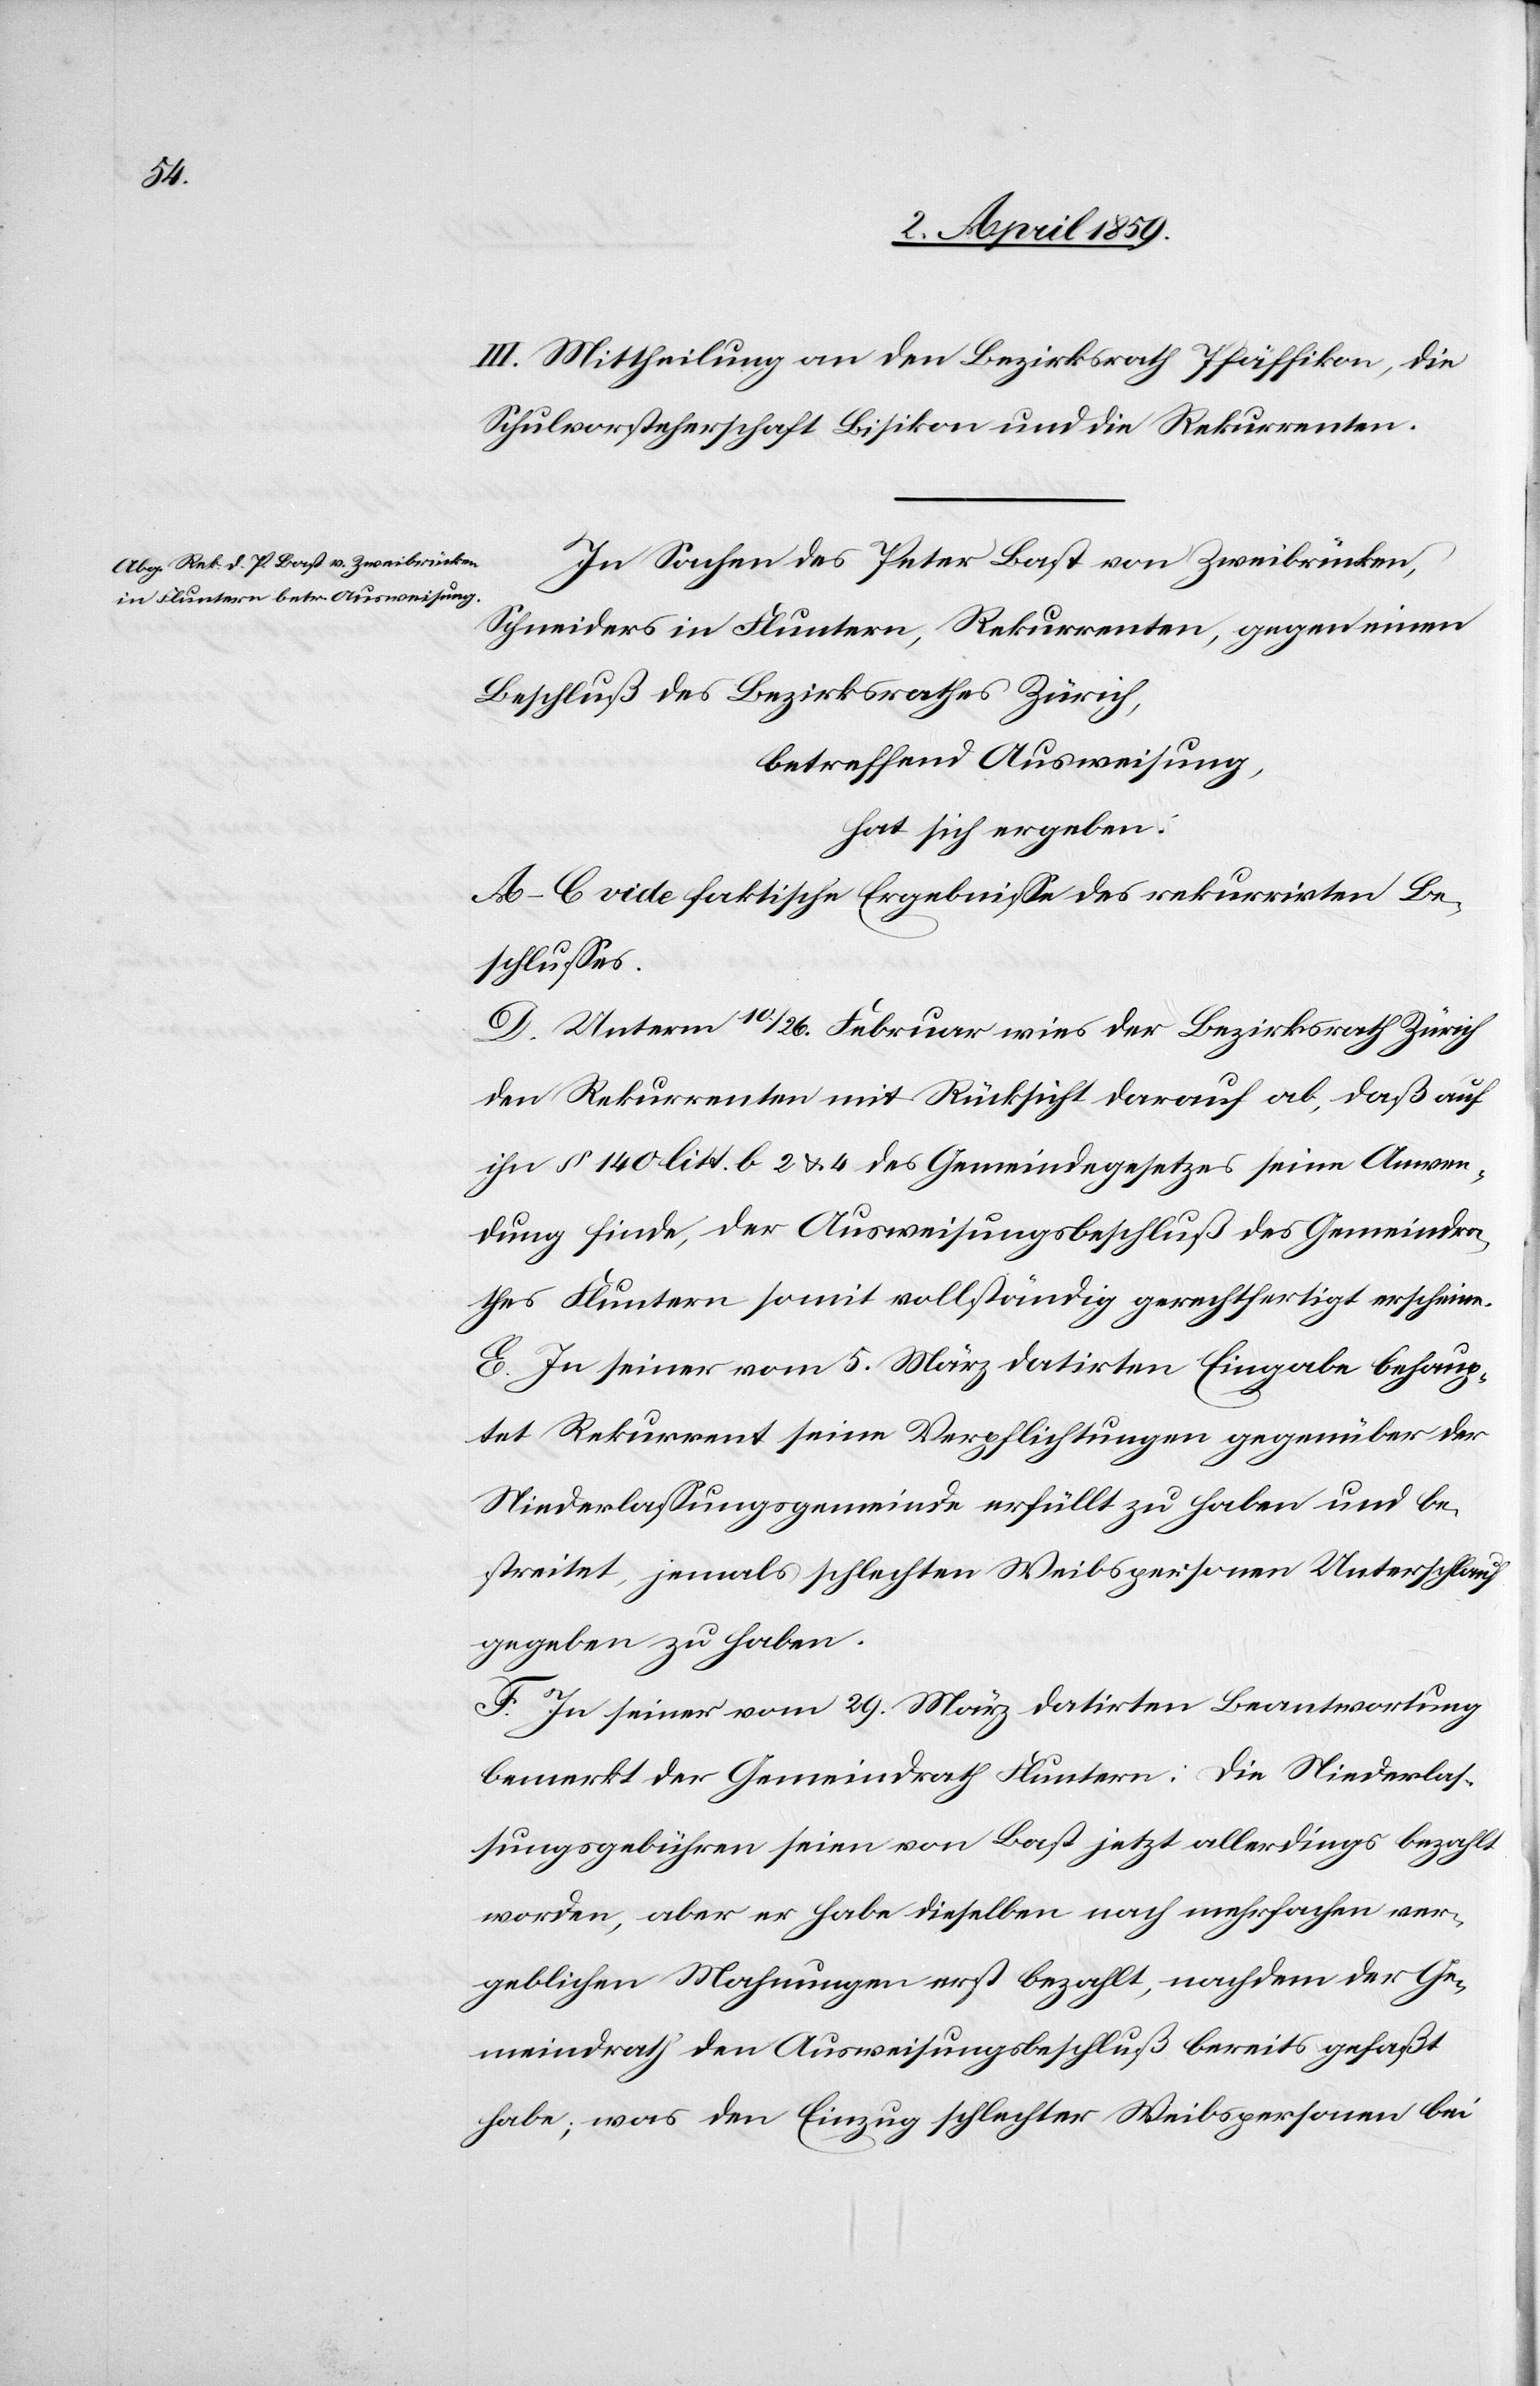
III. Mittheilung an den Bezirksrath Pfäffikon, die
Schulvorsteherschaft Bisikon und die Rekurrenten.
In Sachen des Peter Bast von Zweibrücken,
Schneiders in Fluntern, Rekurrenten, gegen einen
Beschluß des Bezirksrathes Zürich,
betreffend Ausweisung,
hat sich ergeben:
A–C vide faktische Ergebniße des rekurrirten Be¬
schlußes.
D. Unterm 10./26. Februar wies der Bezirksrath Zürich
den Rekurrenten mit Rücksicht darauf ab, daß auf
ihn § 140 litt. b 2 u. 4 des Gemeindegesetzes seine Anwen¬
dung finde, der Ausweisungsbeschluß des Gemeindra¬
thes Fluntern somit vollständig gerechtfertigt erschien.
E. In seiner vom 5. März datirten Eingabe behaup¬
tet Rekurrent seine Verpflichtungen gegenüber der
Niederlaßungsgemeinde erfüllt zu haben und be¬
streitet, jemals schlechten Weibspersonen [?]Unterschlupf
gegeben zu haben.
F. In seiner vom 29. März datirten Beantwortung
bemerkt der Gemeindrath Fluntern: Die Niederlas¬
sungsgebühren seien von Bast jetzt allerdings bezahlt
worden, aber er habe dieselben nach mehrfachen ver¬
geblichen Mahnungen erst bezahlt, nachdem der Ge¬
meindrath den Ausweisungsbeschluß bereits gefaßt
habe; was den Einzug schlechter Weibspersonen bei